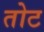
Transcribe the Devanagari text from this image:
तोट